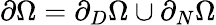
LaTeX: \partial\Omega=\partial_{D}\Omega\cup\partial_{N}\Omega